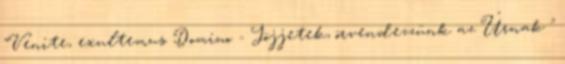
"Venite, exultemus Domino - Jöjjetek, örvendezzünk az Úrnak "